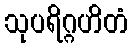
သုပရိဂ္ဂဟိတံ